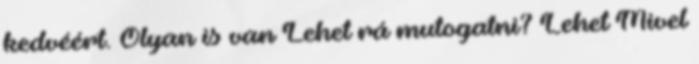
kedvéért. Olyan is van Lehet rá mutogatni? Lehet Mivel